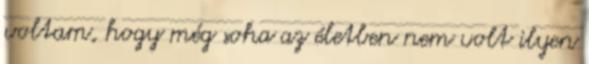
voltam, hogy még soha az életben nem volt ilyen